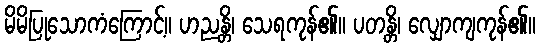
မိမိပြုသောကံကြောင့်။ ဟညန္တိ၊ သေရကုန်၏။ ပတန္တိ၊ လျှောကျကုန်၏။